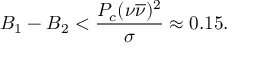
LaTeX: B _ { 1 } - B _ { 2 } < \frac { P _ { c } ( \nu \overline { { { \nu } } } ) ^ { 2 } } { \sigma } \approx 0 . 1 5 .